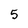
Character: 5